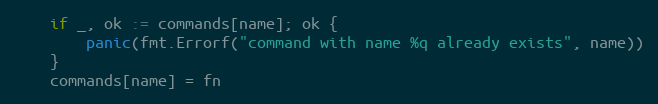
Language: Go
	if _, ok := commands[name]; ok {
		panic(fmt.Errorf("command with name %q already exists", name))
	}
	commands[name] = fn